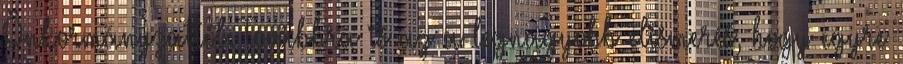
Önkormányzattól. Továbbra is az a legnagyobb elismerés, hogy egyre